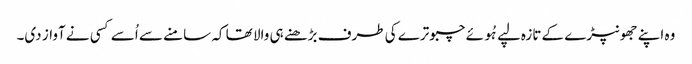
وہ اپنے جھونپڑے کے تازہ لپے ہُوئے چبوترے کی طرف بڑھنے ہی والا تھا کہ سامنے سے اُسے کسی نے آواز دی۔